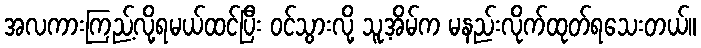
အလကားကြည့်လို့ရမယ်ထင်ပြီး ဝင်သွားလို့ သူ့အိမ်က မနည်းလိုက်ထုတ်ရသေးတယ်။